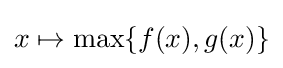
x\mapsto \max\{f(x),g(x)\}